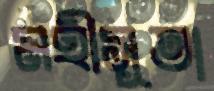
মহীসূতা